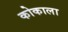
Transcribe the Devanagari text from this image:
कोकाला